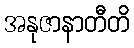
အနုဇာနာတီတိ